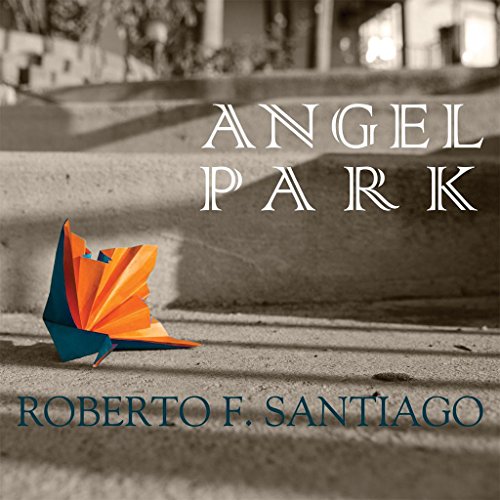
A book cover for Angel Park; Roberto F. Santiago; Gay & Lesbian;